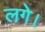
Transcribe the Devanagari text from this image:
लगे।